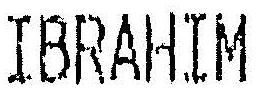
IBRAHIM